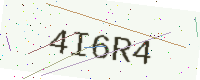
Text: 4I6R4